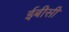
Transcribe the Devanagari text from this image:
ईबीसी